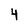
Character: 4